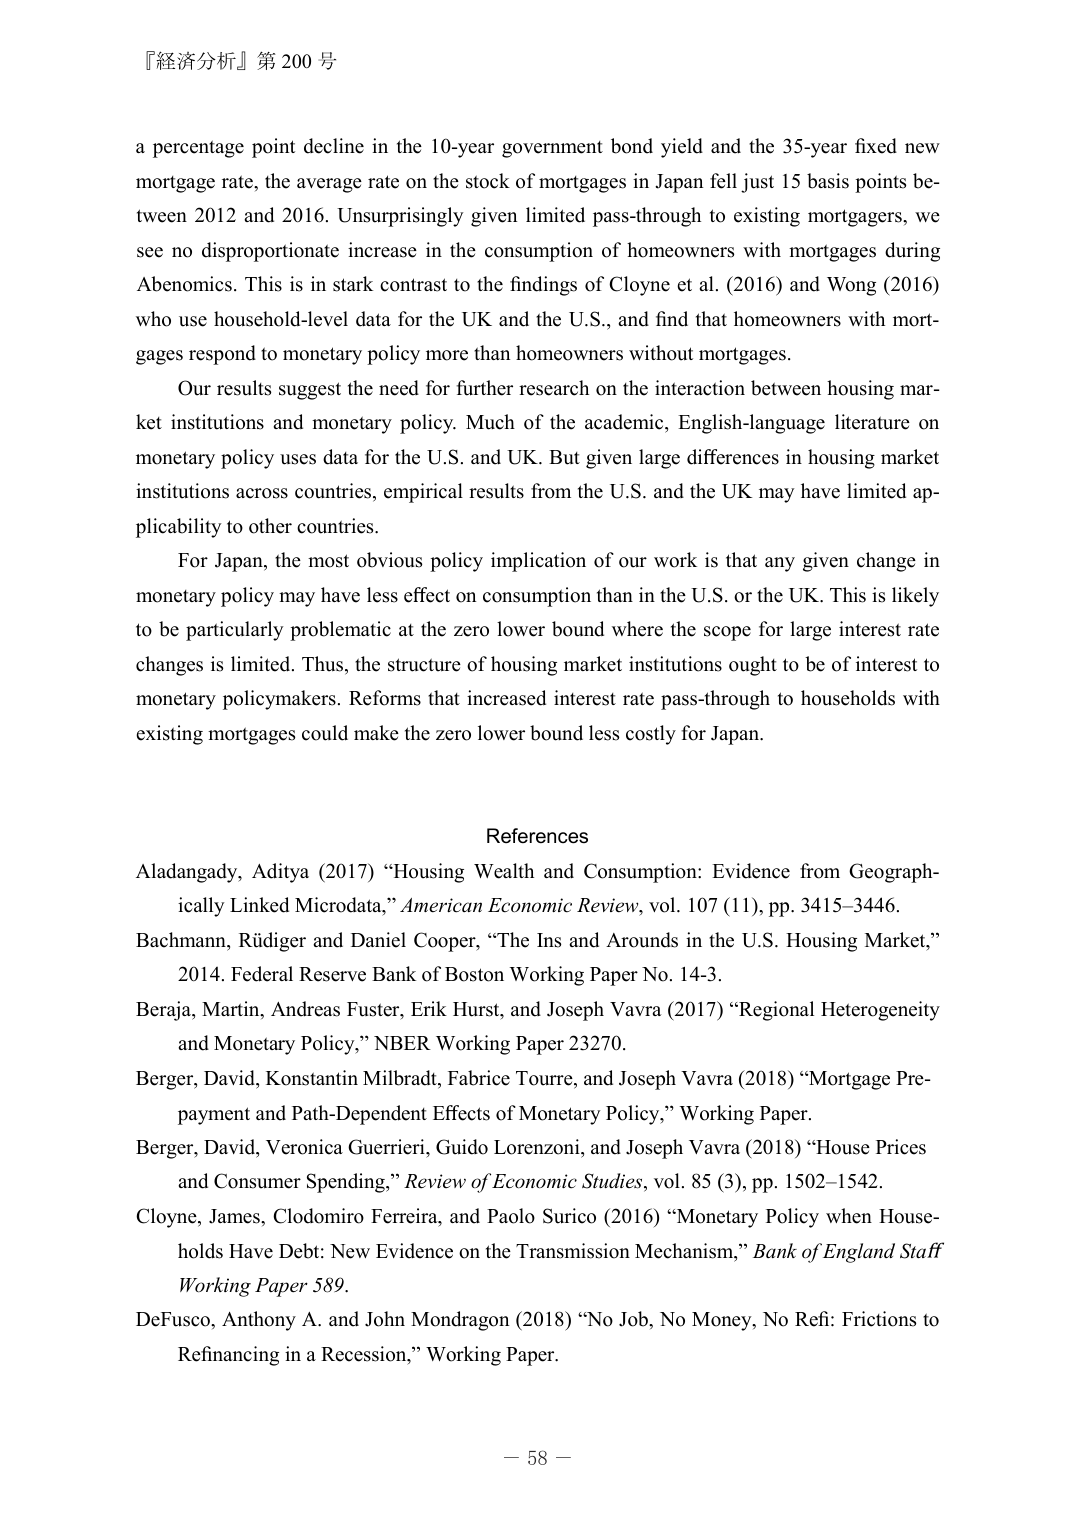
『経済分析』第 200 号

a percentage point decline in the 10-year government bond yield and the 35-year fixed new mortgage rate, the average rate on the stock of mortgages in Japan fell just 15 basis points between 2012 and 2016. Unsurprisingly given limited pass-through to existing mortgagers, we see no disproportionate increase in the consumption of homeowners with mortgages during Abenomics. This is in stark contrast to the findings of Cloyne et al. (2016) and Wong (2016) who use household-level data for the UK and the U.S., and find that homeowners with mortgages respond to monetary policy more than homeowners without mortgages.

Our results suggest the need for further research on the interaction between housing market institutions and monetary policy. Much of the academic, English-language literature on monetary policy uses data for the U.S. and UK. But given large differences in housing market institutions across countries, empirical results from the U.S. and the UK may have limited applicability to other countries.

For Japan, the most obvious policy implication of our work is that any given change in monetary policy may have less effect on consumption than in the U.S. or the UK. This is likely to be particularly problematic at the zero lower bound where the scope for large interest rate changes is limited. Thus, the structure of housing market institutions ought to be of interest to monetary policymakers. Reforms that increased interest rate pass-through to households with existing mortgages could make the zero lower bound less costly for Japan.

References

Aladangady, Aditya (2017) “Housing Wealth and Consumption: Evidence from Geographically Linked Microdata,” American Economic Review, vol. 107 (11), pp. 3415–3446.

Bachmann, Rüdiger and Daniel Cooper, “The Ins and Arounds in the U.S. Housing Market,” 2014. Federal Reserve Bank of Boston Working Paper No. 14-3.

Beraja, Martin, Andreas Fuster, Erik Hurst, and Joseph Vavra (2017) “Regional Heterogeneity and Monetary Policy,” NBER Working Paper 23270.

Berger, David, Konstantin Milbradt, Fabrice Tourre, and Joseph Vavra (2018) “Mortgage Prepayment and Path-Dependent Effects of Monetary Policy,” Working Paper.

Berger, David, Veronica Guerrieri, Guido Lorenzoni, and Joseph Vavra (2018) “House Prices and Consumer Spending,” Review of Economic Studies, vol. 85 (3), pp. 1502–1542.

Cloyne, James, Clodomiro Ferreira, and Paolo Surico (2016) “Monetary Policy when Households Have Debt: New Evidence on the Transmission Mechanism,” Bank of England Staff Working Paper 589.

DeFusco, Anthony A. and John Mondragon (2018) “No Job, No Money, No Refi: Frictions to Refinancing in a Recession,” Working Paper.

－ 58 －